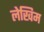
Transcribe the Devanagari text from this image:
लेखिम